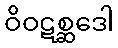
ဝိဝဋစ္ဆဒေါ